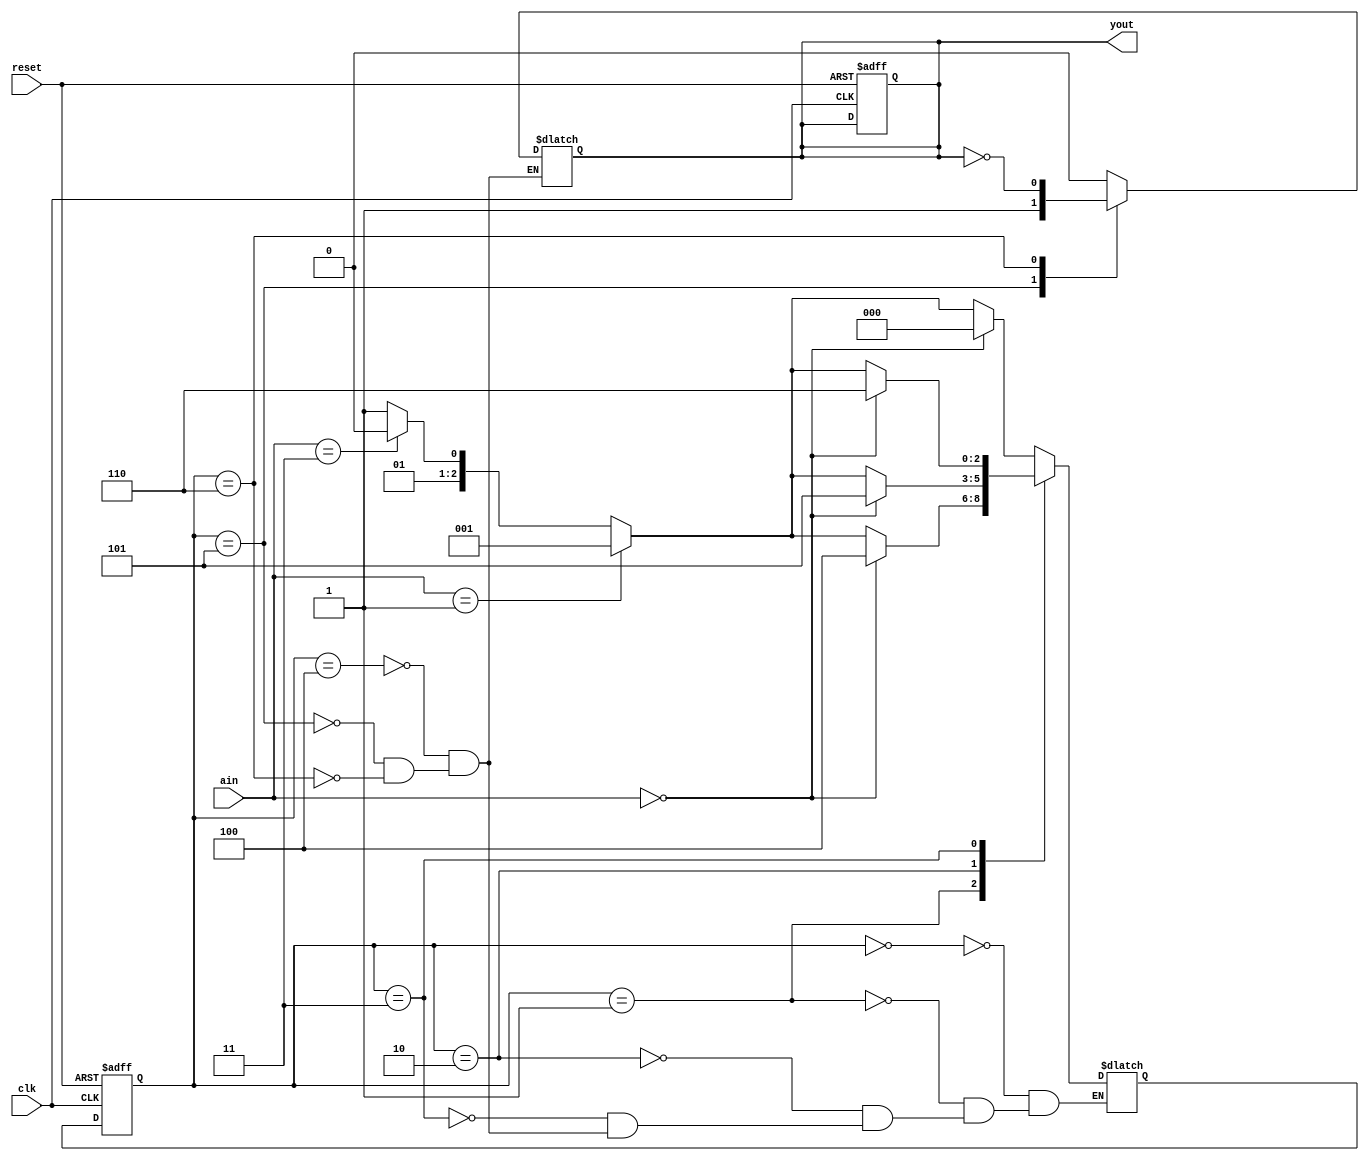
module lab5_2_1(
    input [1:0] ain,
    input clk,reset,
    output reg yout
    );
    reg [2:0] state,nextstate;
    parameter S0 = 0,S1 = 1,S2 = 2,S3 = 3,S4 = 4,S5 = 5,S6 = 6;
    always @(posedge clk or posedge reset)
    if(reset)
    begin
        state <= S0;
        yout <= 0;
    end
    else
        state <= nextstate;
        
    always @(state)
    begin
        case(state)
            S0:yout = yout;
            S1:yout = yout;
            S2:yout = yout;
            S3:yout = yout;
            S4:yout = 0;
            S5:yout = 1;
            S6:yout = ~yout;
        endcase
    end
    always @(state or ain)
    begin
        case(state)
            S0:
            begin
                if(ain == 0)
                    nextstate = S0;
                else if(ain == 1)
                    nextstate = S1;
                else if(ain == 3)
                    nextstate = S2;
                else
                    nextstate = S3;
            end
            S1:
            begin
                if(ain == 0)
                    nextstate = S4;
                else if(ain == 1)
                    nextstate = S1;
                else if(ain == 3)
                    nextstate = S2;
                else
                    nextstate = S3;
            end
            S2:
            begin
                if(ain == 0)
                    nextstate = S5;
                else if(ain == 1)
                    nextstate = S1;
                else if(ain == 3)
                    nextstate = S2;
                else
                    nextstate = S3;
            end
            S3:
            begin
                if(ain == 0)
                    nextstate = S6;
                else if(ain == 1)
                    nextstate = S1;
                else if(ain == 3)
                    nextstate = S2;
                else
                    nextstate = S3;
            end
            S4:
            begin
                if(ain == 0)
                    nextstate = S0;
                else if(ain == 1)
                    nextstate = S1;
                else if(ain == 3)
                    nextstate = S2;
                else
                    nextstate = S3;
            end
            S5:
            begin
                if(ain == 0)
                    nextstate = S0;
                else if(ain == 1)
                    nextstate = S1;
                else if(ain == 3)
                    nextstate = S2;
                else
                    nextstate = S3;
            end
            S6:
            begin
                if(ain == 0)
                    nextstate = S0;
                else if(ain == 1)
                    nextstate = S1;
                else if(ain == 3)
                    nextstate = S2;
                else
                    nextstate = S3;
            end
        endcase
    end
endmodule